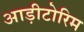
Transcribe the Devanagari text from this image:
आड़ीटोरिम